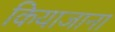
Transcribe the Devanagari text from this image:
कियाजाना